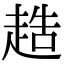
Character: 𧻰